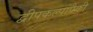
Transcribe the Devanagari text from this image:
द्वीपकल्पांपैकी